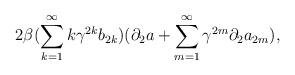
LaTeX: \begin{align*}2 \beta (\sum_{k=1}^{\infty}k{\gamma}^{2k} b_{2k})({\partial}_{2} a + \sum_{m=1}^{\infty}{\gamma}^{2m}{\partial}_{2} a_{2m}),\end{align*}